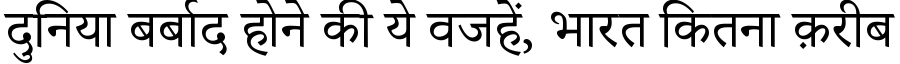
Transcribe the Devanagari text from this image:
दुनिया बर्बाद होने की ये वजहें, भारत कितना क़रीब